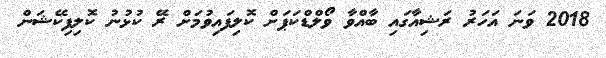
2018 ވަނަ އަހަރު ރަޝިއާގައި ބާއްވާ ވޯލްޑްކަޕަށް ކޮލިފައިވުމަށް ރޭ ކުޅުނު ކޮލިފިކޭޝަން